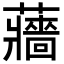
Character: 蘠